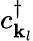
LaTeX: c_{{\mathbf{k}}_{l}}^{\dagger}